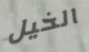
الخيل